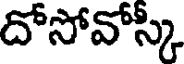
దోసోవోస్కి